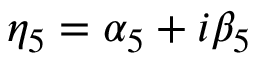
\eta _ { 5 } = \alpha _ { 5 } + i \beta _ { 5 }